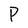
Character: P